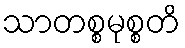
သာတစ္စမုစ္စတိ